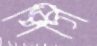
পিগি